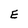
Character: E